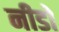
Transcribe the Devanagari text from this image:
नीडो